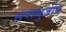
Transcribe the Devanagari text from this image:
सप्तभुजीय